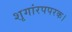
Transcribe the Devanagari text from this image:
शृगांरपपरक।